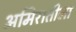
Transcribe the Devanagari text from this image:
अमिरातीला